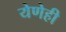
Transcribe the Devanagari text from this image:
येणेही